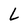
Character: L